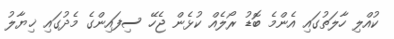
ކުއްލި ހާލަތުގައި އެންމެ ބޮޑު ރޯލެއް ކުޅެން ޖެހޭ ސިފައިންގެ މެދުގައި ޚިޔާލު